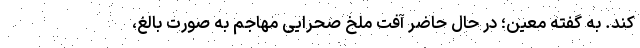
کند. به گفته معین؛ در حال حاضر آفت ملخ صحرایی مهاجم به صورت بالغ،